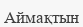
Аймақтын